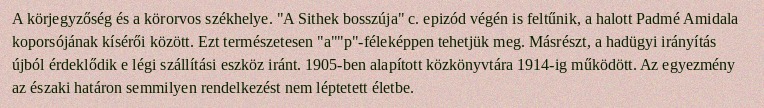
A körjegyzőség és a körorvos székhelye. "A Sithek bosszúja" c. epizód végén is feltűnik, a halott Padmé Amidala koporsójának kísérői között. Ezt természetesen "a""p"-féleképpen tehetjük meg. Másrészt, a hadügyi irányítás újból érdeklődik e légi szállítási eszköz iránt. 1905-ben alapított közkönyvtára 1914-ig működött. Az egyezmény az északi határon semmilyen rendelkezést nem léptetett életbe.